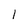
Character: 1